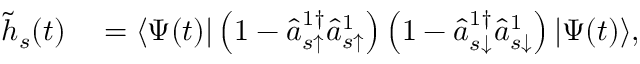
\begin{array} { r l } { \tilde { h } _ { s } ( t ) } & { { } = \langle \Psi ( t ) | \left( 1 - \hat { a } _ { s \uparrow } ^ { 1 \dagger } \hat { a } _ { s \uparrow } ^ { 1 } \right) \left( 1 - \hat { a } _ { s \downarrow } ^ { 1 \dagger } \hat { a } _ { s \downarrow } ^ { 1 } \right) | \Psi ( t ) \rangle , } \end{array}